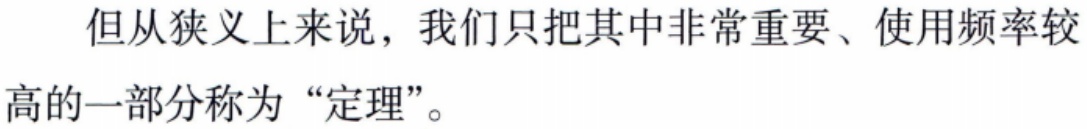
但从狭义上来说，我们只把其中非常重要、使用频率较高的一部分称为“定理”。